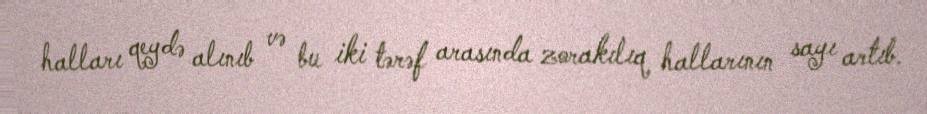
halları qeydə alınıb və bu iki tərəf arasında zorakılıq hallarının sayı artıb.